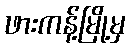
ဖားကန့်မြို့မှ